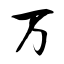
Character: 万